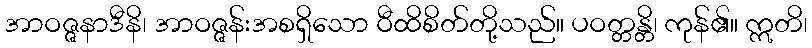
အာဝဇ္ဇနာဒီနိ၊ အာဝဇ္ဇန်းအစရှိသော ဝီထိစိတ်တို့သည်။ ပဝတ္တန္တိ၊ ကုန်၏။ ဣတိ၊